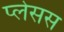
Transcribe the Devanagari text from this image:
प्लेसस